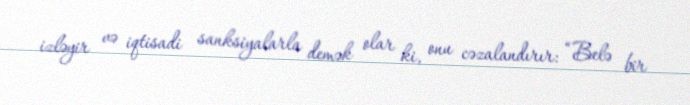
izləyir və iqtisadi sanksiyalarla demək olar ki, onu cəzalandırır: “Belə bir